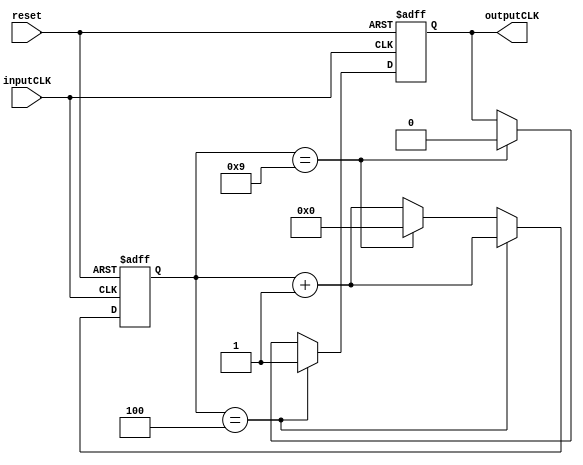

module frequencyDivider#(parameter divider=10, parameter bitsNumber=4)(
	input   wire inputCLK,
    input   wire reset,
	output  reg  outputCLK
	);
    reg [bitsNumber-1:0] count;
    
    //Inicializacion
    initial begin count=0; outputCLK=0; end

    //Logica Secuencial
    always@(posedge inputCLK , posedge reset) begin
        if (reset == 1'b1) begin
            count <= 0;
            outputCLK <= 0;
        end else if (count == divider/2 -1) begin
            count <= count+1;
            outputCLK <= 1;
        end else if(count == divider-1) begin
            count <= 0;
            outputCLK <= 0;
        end else begin
            count <= count+1;  
        end  
    end
    
endmodule